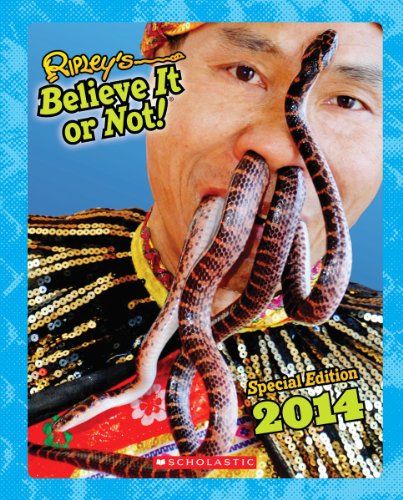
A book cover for Ripley's Special Edition 2014 (Ripley's Believe It Or Not Special Edition); Ripley's Entertainment Inc.; Children's Books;